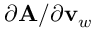
\partial \mathbf { A } / \partial \mathbf { v } _ { w }